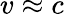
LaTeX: v\approx c